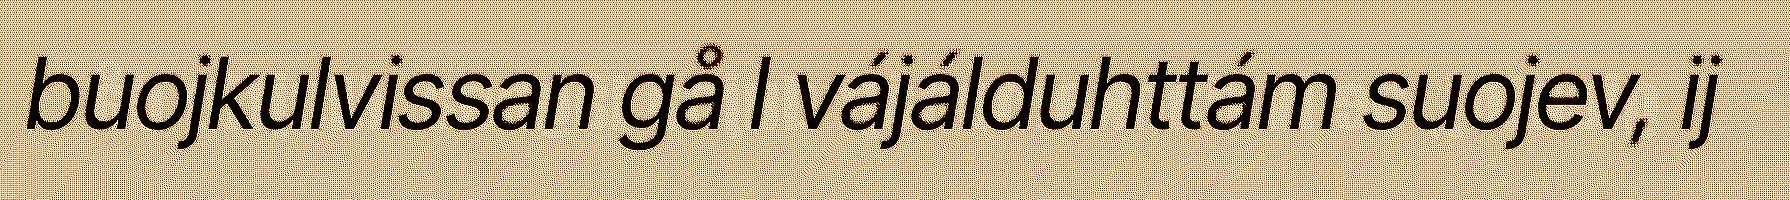
buojkulvissan gå l vájálduhttám suojev, ij